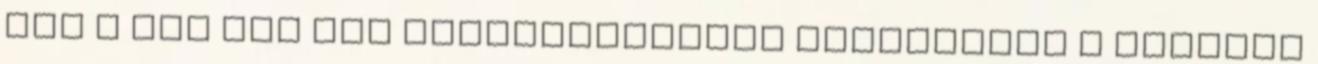
már a mai nap LED technológiákra fókuszálva a oldalon